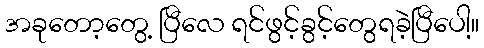
အခုတော့တွေ့ ပြီလေ ရင်ဖွင့်ခွင့်တွေရခဲ့ပြီပေါ့။